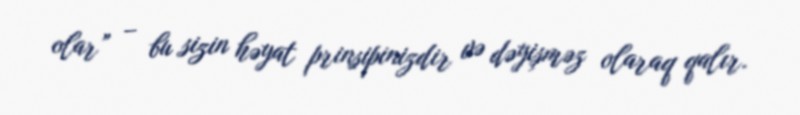
olar” – bu sizin həyat prinsipinizdir və dəyişməz olaraq qalır.